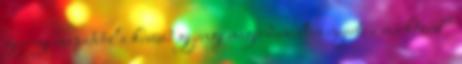
gyenge csapatból a kevésbé gyenge megérdemelten nyerte a mérkőzést”